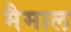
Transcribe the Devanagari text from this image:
मैमाल